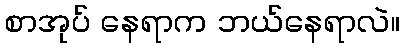
စာအုပ် နေရာက ဘယ်နေရာလဲ။